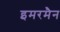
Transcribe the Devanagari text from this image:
इमरमैन